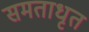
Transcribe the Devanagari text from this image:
समताधृत